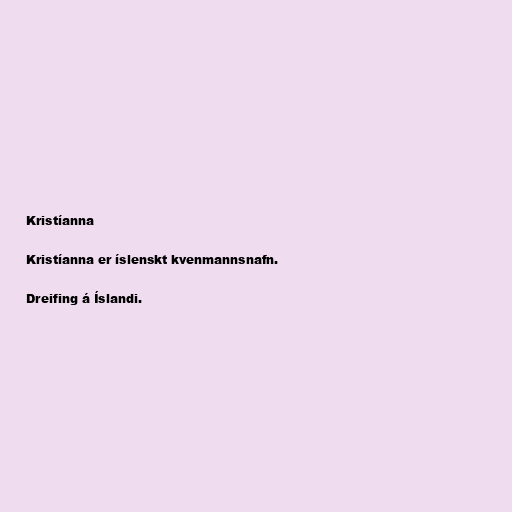
Kristíanna

Kristíanna er íslenskt kvenmannsnafn.

Dreifing á Íslandi.